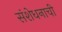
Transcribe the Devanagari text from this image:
संशेधनाची